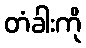
တံခါးကို